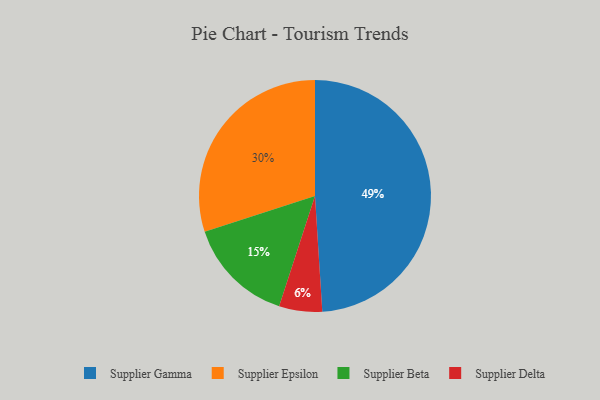
{"axis": {"x": "Category", "y": "Percentage"}, "legend": ["Supplier Beta", "Supplier Delta", "Supplier Epsilon", "Supplier Gamma"], "data": [{"x": "Supplier Beta", "y": 15, "type": "Supplier Beta"}, {"x": "Supplier Delta", "y": 6, "type": "Supplier Delta"}, {"x": "Supplier Epsilon", "y": 30, "type": "Supplier Epsilon"}, {"x": "Supplier Gamma", "y": 49, "type": "Supplier Gamma"}]}